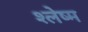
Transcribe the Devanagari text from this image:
श्‍लेष्‍म